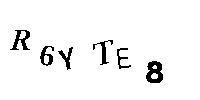
R6YTE8